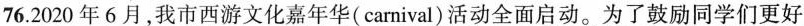
76.2020年6月，我市西游文化嘉年华(carnival)活动全面启动。为了鼓励同学们更好